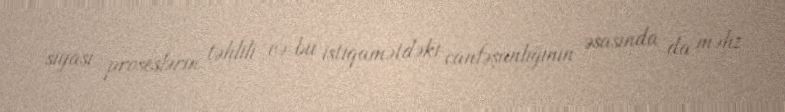
siyasi proseslərin təhlili və bu istiqamətdəki canfəşanlığının əsasında da məhz